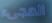
المجىء